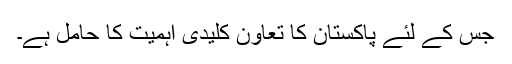
جس کے لئے پاکستان کا تعاون کلیدی اہمیت کا حامل ہے۔